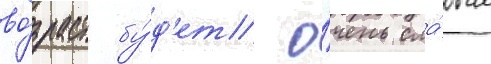
во́зраст бу́д'ет о́чень сла́бым